Report on vaccination in Madras 1895-1903 - 1895-1903
Year: 1895
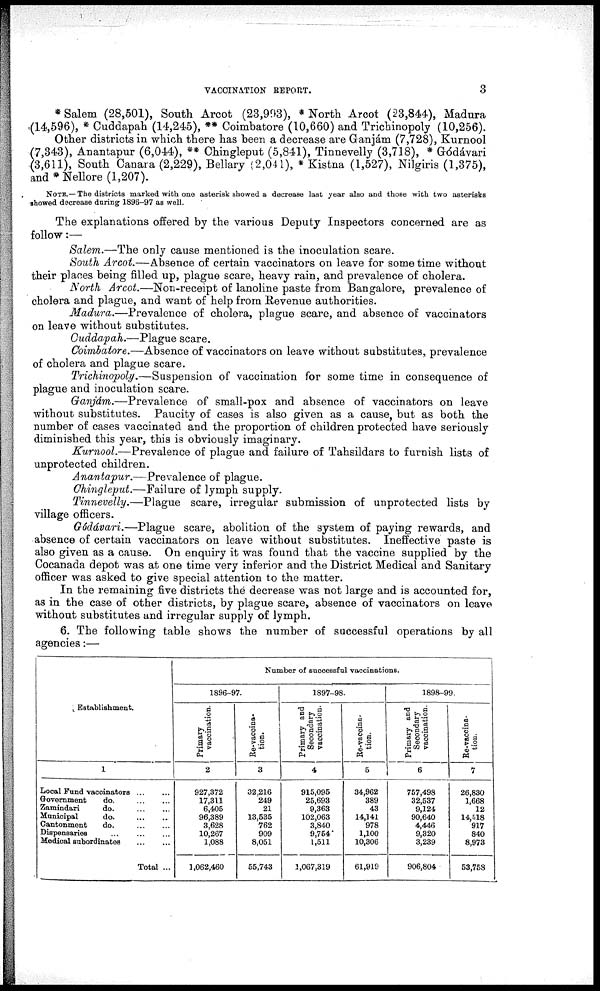
VACCINATION REPORT.
3
* Salem (28,501), South Arcot (23,993), * North Arcot (23,844), Madura
(14,596), * Cuddapah (14,245), ** Coimbatore (10,660) and Trichinopoly (10,256).
Other districts in which there has been a decrease are Ganjám (7,728), Kurnool
(7,343), Anantapur (6,044), ** Chingleput (5,841), Tinnevelly (3,718), * Gódávari
(3,611), South Canara (2,229), Bellary (2,041), * Kistna (1,527), Nilgiris (1,375),
and * Nellore (1,207).
NOTE.— The districts marked with one asterisk showed a decrease last year also and those with two asterisks
showed decrease during 1896-97 as well.
The explanations offered by the various Deputy Inspectors concerned are as
follow:—
Salem.—The only cause mentioned is the inoculation scare.
South Arcot.—Absence of certain vaccinators on leave for some time without
their places being filled up, plague scare, heavy rain, and prevalence of cholera.
North Arcot.—Non-receipt of lanoline paste from Bangalore, prevalence of
cholera and plague, and want of help from Revenue authorities.
Madura.—Prevalence of cholera, plague scare, and absence of vaccinators
on leave without substitutes.
Cuddapah.—Plague scare.
Coimbatore.—Absence of vaccinators on leave without substitutes, prevalence
of cholera and plague scare.
Trichinopoly.—Suspension of vaccination for some time in consequence of
plague and inoculation scare.
Ganjám.—Prevalence of small-pox and absence of vaccinators on leave
without substitutes. Paucity of cases is also given as a cause, but as both the
number of cases vaccinated and the proportion of children protected have seriously
diminished this year, this is obviously imaginary.
Kurnool.—Prevalence of plague and failure of Tahsildars to furnish lists of
unprotected children.
Anantapur.—Prevalence of plague.
Chingleput.—Failure of lymph supply.
Tinnevelly.—Plague scare, irregular submission of unprotected lists by
village officers.
Gódávari.—Plague scare, abolition of the system of paying rewards, and
absence of certain vaccinators on leave without substitutes. Ineffective paste is
also given as a cause. On enquiry it was found that the vaccine supplied by the
Cocanada depot was at one time very inferior and the District Medical and Sanitary
officer was asked to give special attention to the matter.
In the remaining five districts the decrease was not large and is accounted for,
as in the case of other districts, by plague scare, absence of vaccinators on leave
without substitutes and irregular supply of lymph.
6. The following table shows the number of successful operations by all
agencies:—
Establishment.
1
Local Fund vaccinators ... ...
Government
do.
...
...
Zamindari
do.
...
...
Municipal
do.
...
...
Cantonment
do. ... ...
Dispensaries
...
...
...
Medical subordinates
...
...
Total ...
Number of successful vaccinations.
1896-97.
Primary
vaccination.
2
927,372
17,311
6,405
96,389
3,628
10,267
1,088
1,062,460
Re-vaccina-
tion.
3
32,216
249
21
13,535
762
909
8,051
55,743
1897-98.
Primary and
Secondary
vaccination.
4
915,095
25,693
9,363
102,063
3,840
9,754
1,511
1,067,319
Re-vaccina-
tion.
5
34,962
389
43
14,141
978
1,100
10,306
61,919
1898-99.
Primary and
Secondary
vaccination.
6
757,498
32,537
9,124
90,640
4,446
9,320
3,239
906,804
Re-vaccina-
tion.
7
26,830
1,668
12
14,518
917
840
8,973
53,758